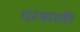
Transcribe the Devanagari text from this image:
दरशाती